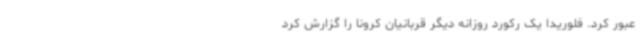
عبور کرد. فلوریدا یک رکورد روزانه دیگر قربانیان کرونا را گزارش کرد